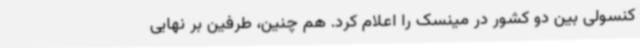
کنسولی بین دو کشور در مینسک را اعلام کرد. هم چنین، طرفین بر نهایی